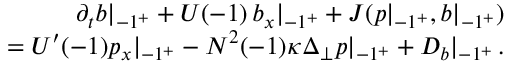
\begin{array} { r l r } & { } & { \partial _ { t } b | _ { - 1 ^ { + } } + U ( - 1 ) \, b _ { x } | _ { - 1 ^ { + } } + J ( p | _ { - 1 ^ { + } } , b | _ { - 1 ^ { + } } ) } \\ & { } & { = U ^ { \prime } ( - 1 ) p _ { x } | _ { - 1 ^ { + } } - N ^ { 2 } ( - 1 ) \kappa \Delta _ { \perp } p | _ { - 1 ^ { + } } + { \cal D } _ { b } | _ { - 1 ^ { + } } \, . } \end{array}